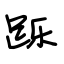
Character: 跞